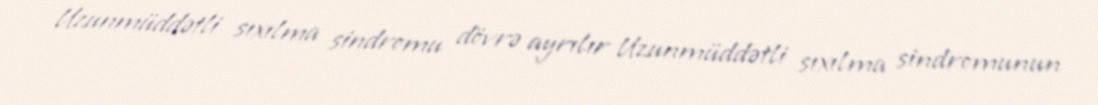
Uzunmüddətli sıxılma sindromu dövrə ayrılır Uzunmüddətli sıxılma sindromunun